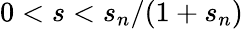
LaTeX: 0<s<s_{n}/(1+s_{n})